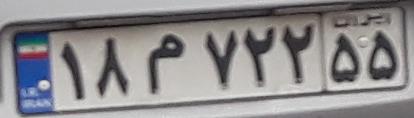
۱۸م۷۲۲۵۵